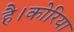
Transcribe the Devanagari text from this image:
है।कोरिया